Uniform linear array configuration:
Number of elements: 16
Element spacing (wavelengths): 0.75
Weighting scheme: hamming
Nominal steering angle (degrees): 60
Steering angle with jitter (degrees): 58.048
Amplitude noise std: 0.05
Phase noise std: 0.05

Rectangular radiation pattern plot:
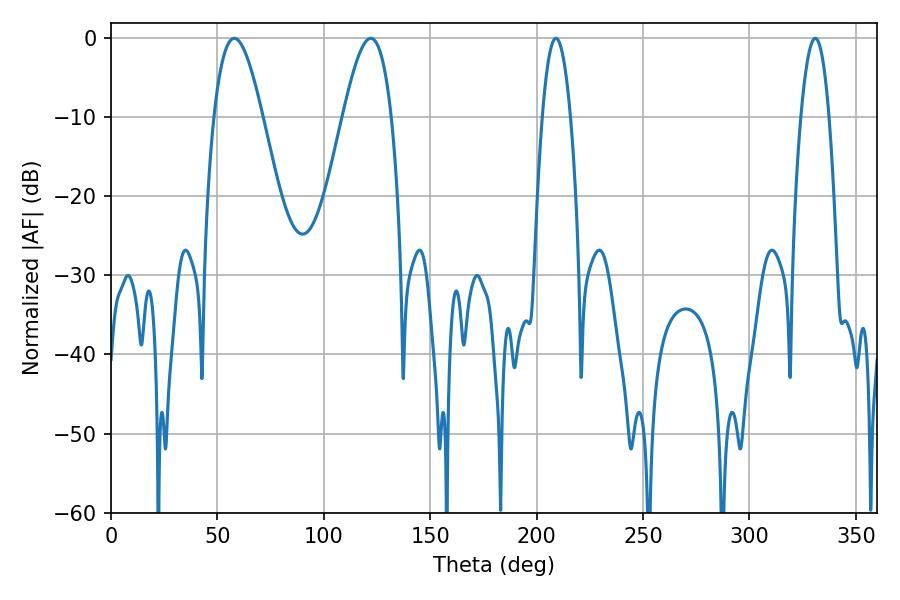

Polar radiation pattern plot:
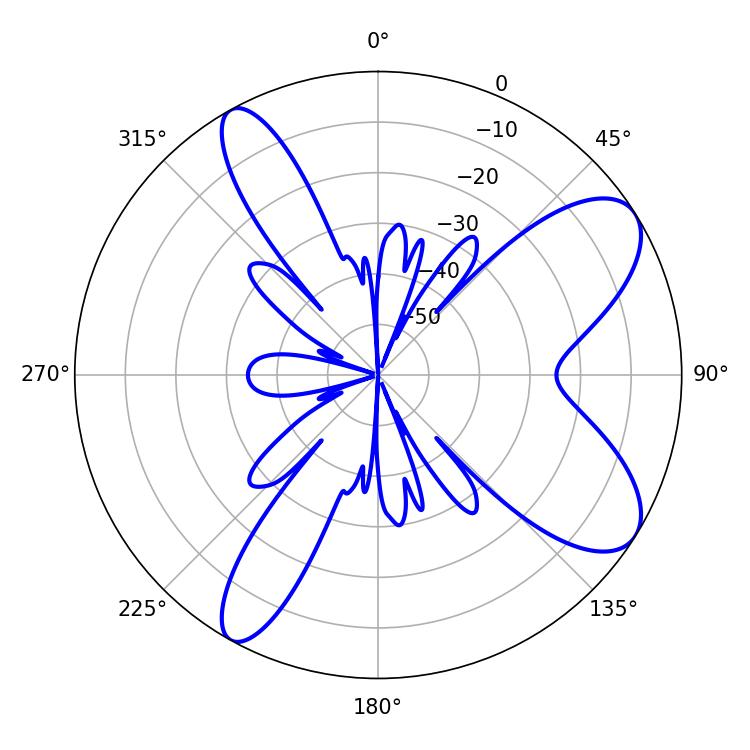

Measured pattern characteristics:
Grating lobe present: TRUE
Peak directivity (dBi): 8.714
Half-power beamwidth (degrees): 12.24
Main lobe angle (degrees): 57.96